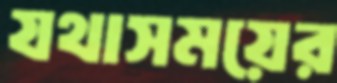
যথাসময়ের